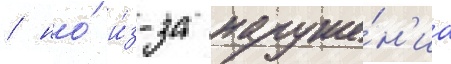
/ но́ и́з-за наруше́н'иа